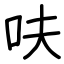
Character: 呋